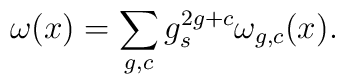
\omega(x) = \sum_{g,c}g_s^{2g+c}\omega_{g,c}(x).